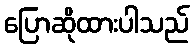
ပြောဆိုထားပါသည်